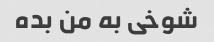
شوخی به من بده